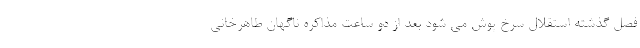
فصل گذشته استقلال سرخ پوش می شود بعد از دو ساعت مذاکره ناگهان طاهرخانی